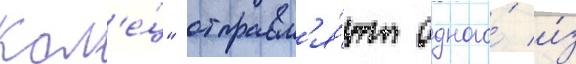
кол'е́ц" отправл'я́ют одного́ и́з